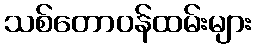
သစ်တောဝန်ထမ်းများ